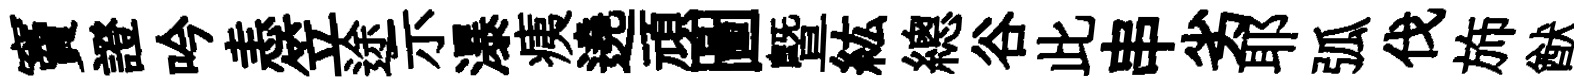
竇證吟恚笠途示瀑痍遶頑圖暨紘總谷此串劣耶弧伐斾猷